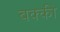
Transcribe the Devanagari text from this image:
बक्की